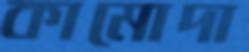
কামোদা